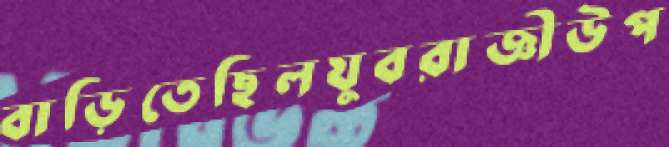
বাড়িতেছিলযুবরাজ্ঞীউপ